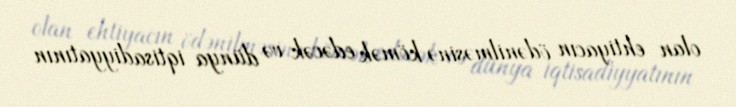
olan ehtiyacın ödənilməsinə kömək edəcək və dünya iqtisadiyyatının